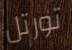
تورتل